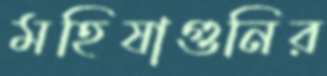
মহিষাগুনির